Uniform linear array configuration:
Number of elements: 32
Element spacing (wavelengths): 0.75
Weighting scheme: hann
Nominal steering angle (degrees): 60
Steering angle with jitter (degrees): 58.301
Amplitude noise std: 0.05
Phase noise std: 0.05

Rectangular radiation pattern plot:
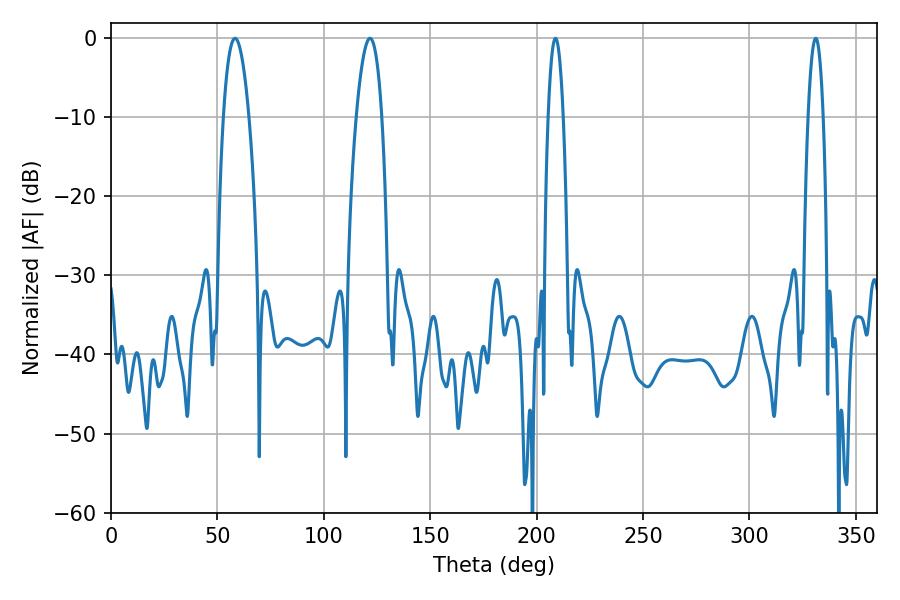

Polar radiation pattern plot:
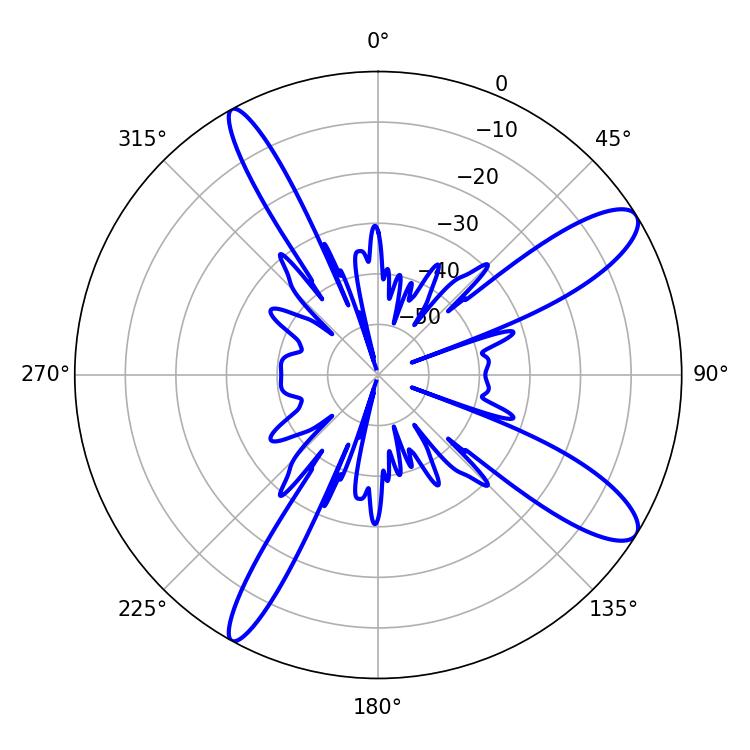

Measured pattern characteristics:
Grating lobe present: TRUE
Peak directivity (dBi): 11.519
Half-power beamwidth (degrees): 6.66
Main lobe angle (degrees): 58.32